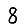
Digit: 8